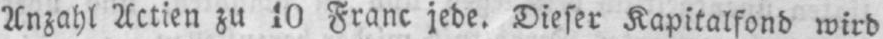
Anzahl Actien zu 10 Franc jede. Dieser Kapitalfond wird